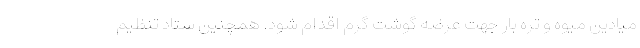
میادین میوه و تره بار جهت عرضه گوشت گرم اقدام شود. همچنین ستاد تنظیم